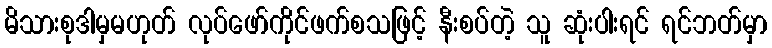
မိသားစုဒါမှမဟုတ် လုပ်ဖော်ကိုင်ဖက်စသဖြင့် နီးစပ်တဲ့ သူ ဆုံးပါးရင် ရင်ဘတ်မှာ